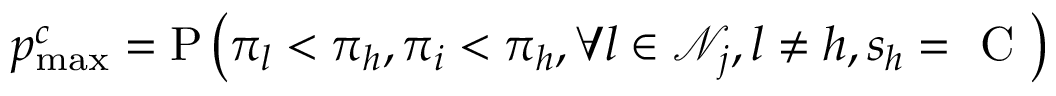
p _ { \operatorname* { m a x } } ^ { c } = \mathrm { P } \left( \pi _ { l } < \pi _ { h } , \pi _ { i } < \pi _ { h } , \forall l \in \mathcal { N } _ { j } , l \neq h , s _ { h } = \mathrm { ~ C ~ } \right)